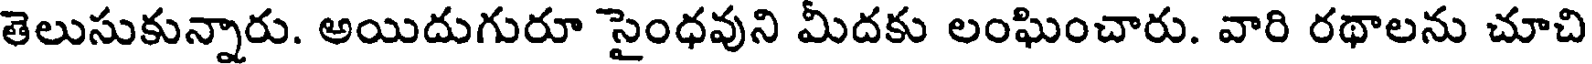
తెలుసుకున్నారు. అయిదుగురూ సైంధవుని మీదకు లంఘించారు. వారి రథాలను చూచి